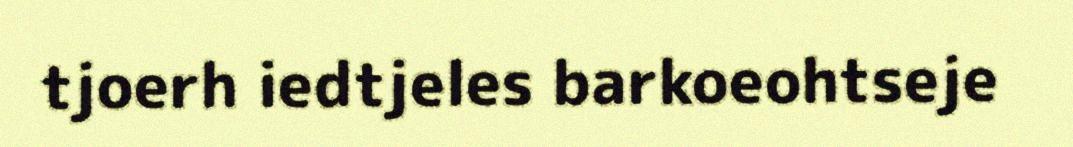
tjoerh iedtjeles barkoeohtseje